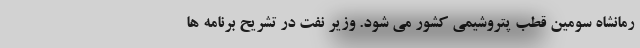
رمانشاه سومین قطب پتروشیمی کشور می شود. وزیر نفت در تشریح برنامه ها